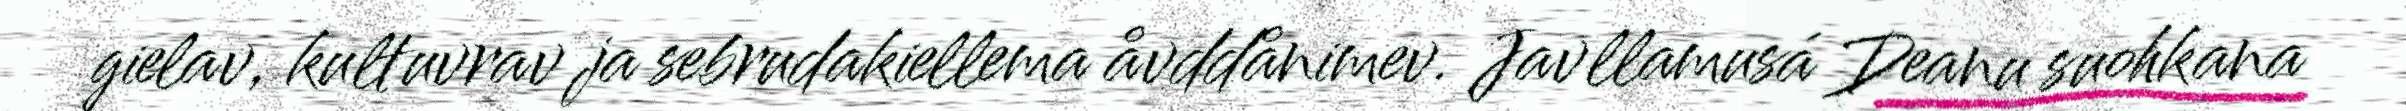
gielav, kultuvrav ja sebrudakiellema åvddånimev. Javllamusá Deanu suohkana